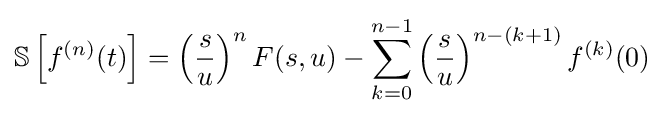
{\mathbb {S} }\left[f^{(n)}(t)\right]=\left({\frac {s}{u}}\right)^{n}F(s,u)-\sum _{k=0}^{n-1}\left({\frac {s}{u}}\right)^{n-(k+1)}f^{(k)}(0)